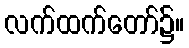
လက်ထက်တော်၌။